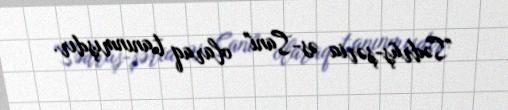
"Sədrüş-şəria əs-Sani" olaraq tanınmışdır.